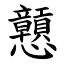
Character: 戅